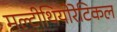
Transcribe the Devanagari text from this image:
मल्टीथियोरेटिकल